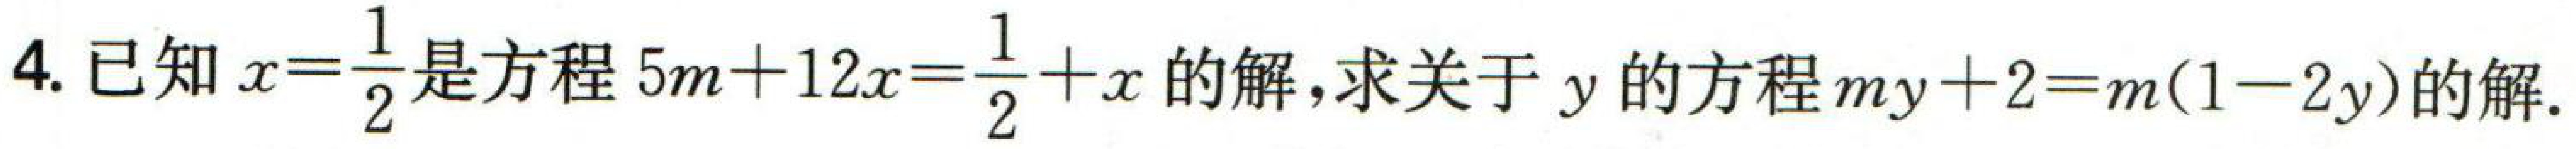
4. 已知$x = \frac{1}{2}$是方程$5m + 12x = \frac{1}{2} + x$的解，求关于$y$的方程$my + 2 = m(1 - 2y)$的解.